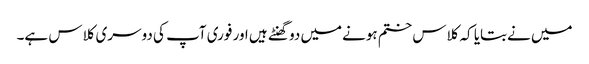
میں نےبتایا کہ کلاس ختم ہونےمیں دو گھنٹے ہیں اور فوری آپ کی دوسری کلاس ہے۔